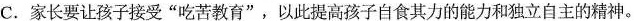
C.家长要让孩子接受”吃苦教育”，以此提高孩子自食其力的能力和独立自主的精神。